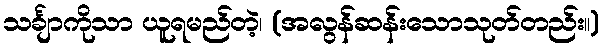
သင်္ချာကိုသာ ယူရမည်တဲ့၊ (အလွန်ဆန်းသောသုတ်တည်း။)